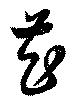
花